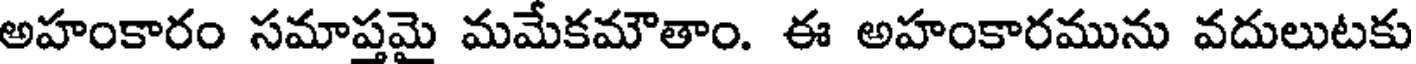
అహంకారం సమాప్తమై మమేకమౌతాం. ఈ అహంకారమును వదులుటకు